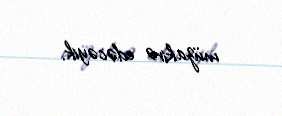
müzakirə edəcəyik.